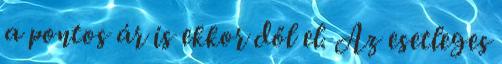
a pontos ár is ekkor dől el. Az esetleges